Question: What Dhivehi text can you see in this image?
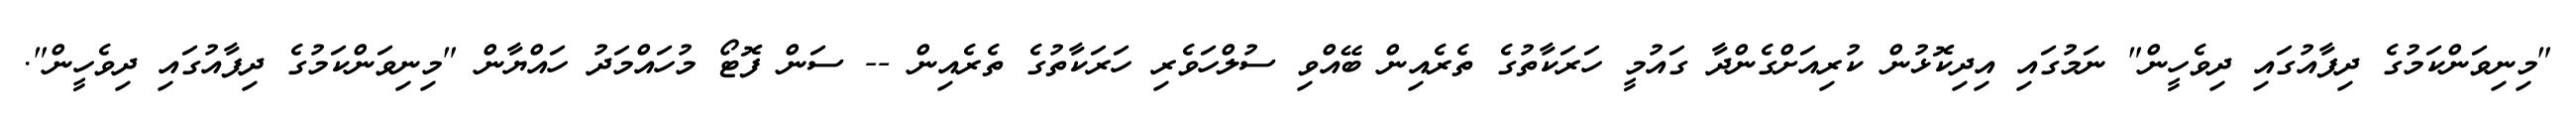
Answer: "މިނިވަންކަމުގެ ދިފާއުގައި ދިވެހީން" ނަމުގައި އިދިކޮޅުން ކުރިއަށްގެންދާ ގައުމީ ހަރަކާތުގެ ތެރެއިން ބޭއްވި ސުލްހަވެރި ހަރަކާތުގެ ތެރެއިން -- ސަން ފޮޓޯ މުހައްމަދު ހައްޔާން "މިނިވަންކަމުގެ ދިފާއުގައި ދިވެހީން".